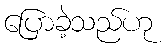
ပြောခဲ့သည်ဟု